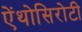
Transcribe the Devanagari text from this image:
ऐंथोसिरोटी